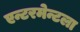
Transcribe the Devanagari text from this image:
एन्टरमेन्टला